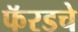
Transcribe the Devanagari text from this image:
फॅरडचे